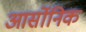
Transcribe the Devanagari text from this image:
आर्सोनिक